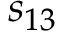
s _ { 1 3 }